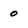
Character: o